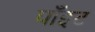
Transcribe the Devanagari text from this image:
पाँइट